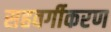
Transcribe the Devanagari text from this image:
सहवर्गीकरण